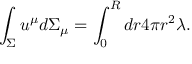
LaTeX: \int _ { \Sigma } u ^ { \mu } d \Sigma _ { \mu } = \int _ { 0 } ^ { R } d r 4 \pi r ^ { 2 } \lambda .